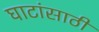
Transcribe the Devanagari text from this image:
घाटांसाठी